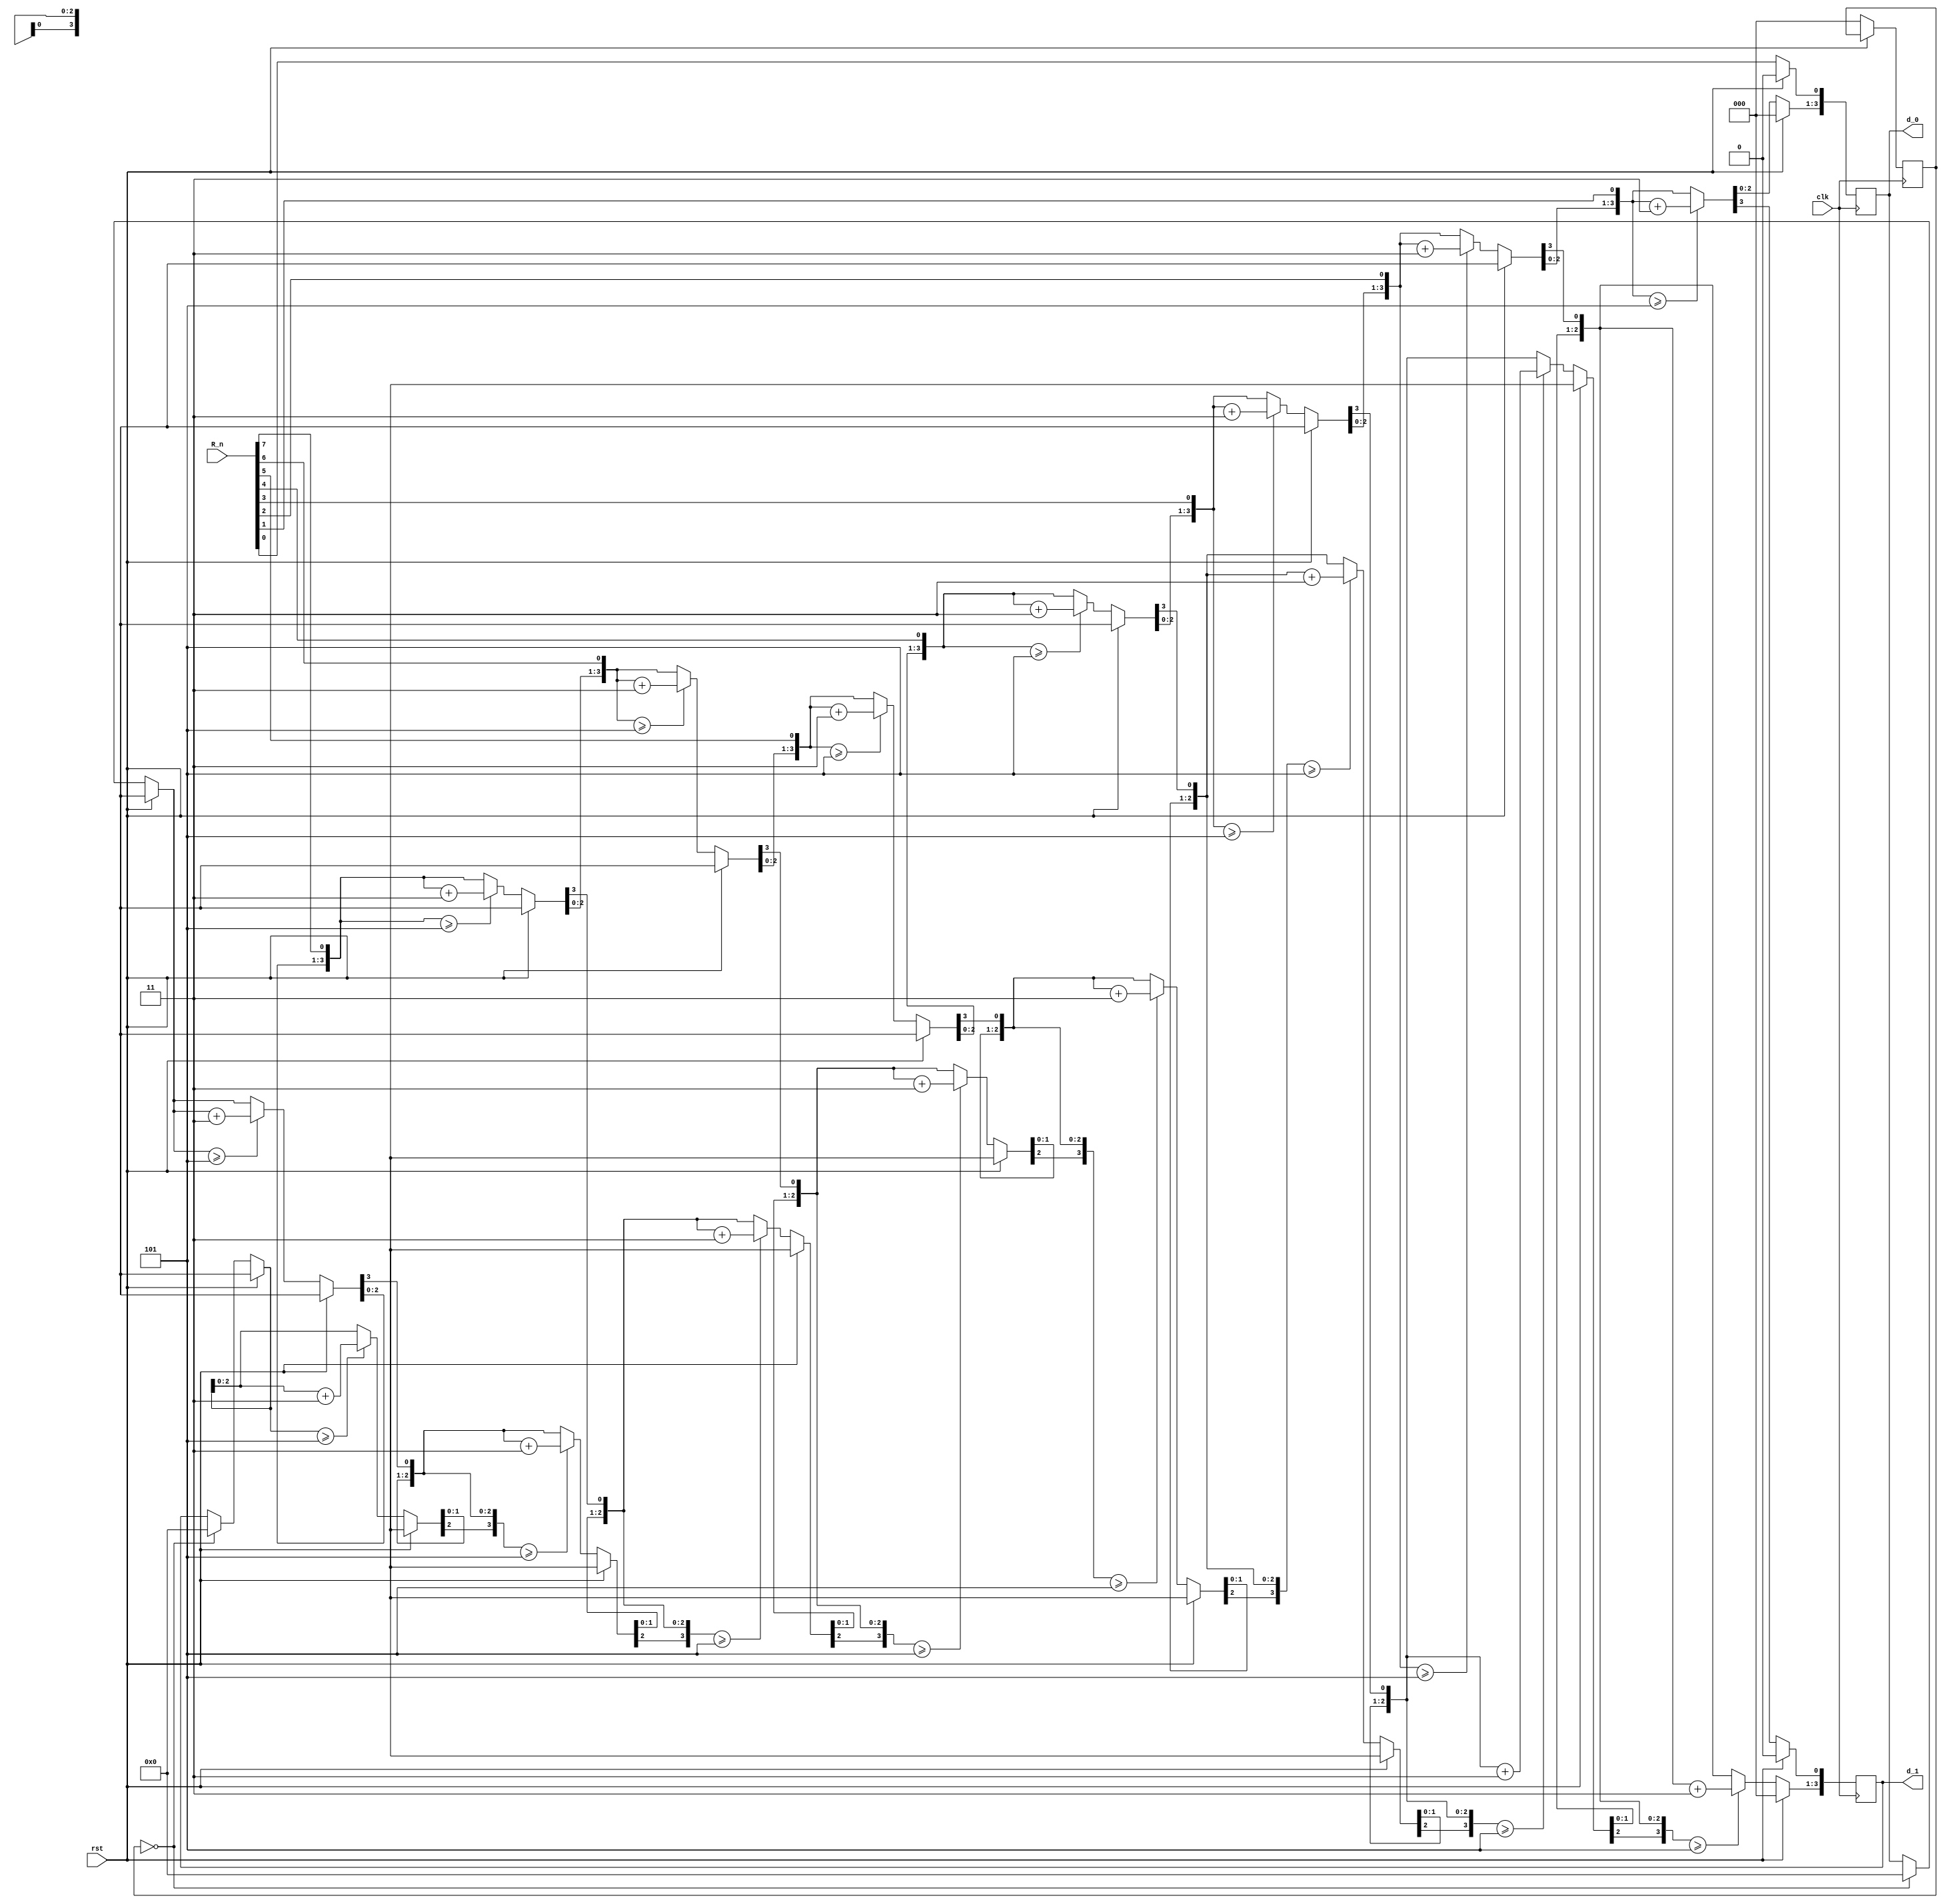
module Bcd(
     input clk ,
	  input rst ,
	  input [7:0] R_n ,
     output reg [3:0] d_0 = 4'd0 , //The output is the single digit that needs to be displayed
     output reg [3:0] d_1 = 4'd0   //The output is the tens digit that needs to be displayed 
) ;
     integer i ;
	  reg [2:0] r;
	  
	  
	always @ (posedge clk)
   begin
    if (rst)                  //If rst is active it will reset
	  begin
	  d_0 <= 4'd0;
	  d_1 <= 4'd0;
	  end
	 else
	  begin
	  if(r == 0)
	   begin 
		 d_0 = 4'd0;
	    d_1 = 4'd0;
		 r <= 1;
		end
		 for (i=7;i>=0;i=i-1)
	    begin                    //add 3 to columns >=5
		  if(i==0)
		   r <= 0;
		  if(d_1 >=5)
		   d_1 = d_1 + 3;
		  if(d_0 >=5)
		   d_0 = d_0 + 3;
		 
		  d_1 = d_1 << 1;        //shift left one
		  d_1[0] = d_0[3];
		  d_0 = d_0 << 1;
		  d_0[0] = R_n[i];
		 end
	  end
	 end
endmodule